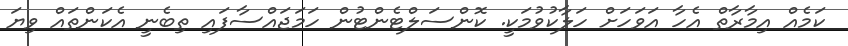
ކަމެއް އިމާރާތް އެހާ އަވަހަށް ހަލާކުވުމަކީ. ކޮންސަލްޓެންޓުން ހަމަޖައްސާފައި ތިބެނީ އެކަންތައް ވިޔަ